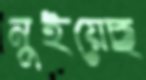
নুইয়েছ